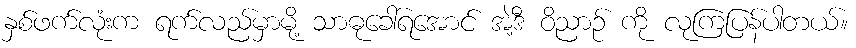
နှစ်ဖက်လုံးက ရက်လည်မှာမို့ သာဓုခေါ်ရအောင် အဲ့ဒီ ဝိညာဉ် ကို လုကြပြန်ပါတယ်။